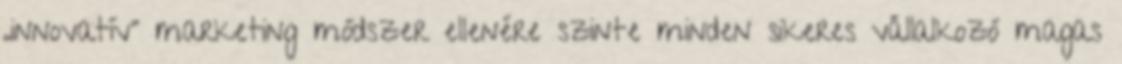
„innovatív” marketing módszer ellenére szinte minden sikeres vállalkozó magas